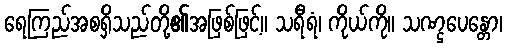
ရေကြည်အစရှိသည်တို့၏အဖြစ်ဖြင့်။ သရီရံ၊ ကိုယ်ကို။ သဏ္ဌပေန္တော၊